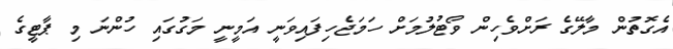
އެގޮތުން މާލޭގެ ރަށްވެހިން ވޯޓުލުމަށް ހަމަޖެހިފައިވަނީ އަމީނީ މަގުގައި ހުންނަ މި ޕާޓީގެ